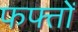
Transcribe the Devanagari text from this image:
फफ्तों